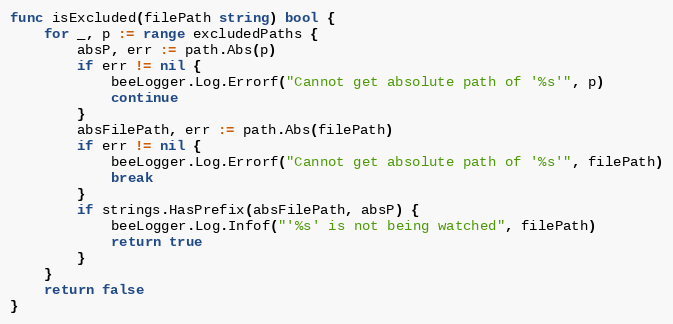
Language: Go
func isExcluded(filePath string) bool {
	for _, p := range excludedPaths {
		absP, err := path.Abs(p)
		if err != nil {
			beeLogger.Log.Errorf("Cannot get absolute path of '%s'", p)
			continue
		}
		absFilePath, err := path.Abs(filePath)
		if err != nil {
			beeLogger.Log.Errorf("Cannot get absolute path of '%s'", filePath)
			break
		}
		if strings.HasPrefix(absFilePath, absP) {
			beeLogger.Log.Infof("'%s' is not being watched", filePath)
			return true
		}
	}
	return false
}